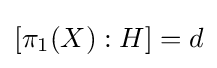
\displaystyle [\pi _{1}(X):H]=d